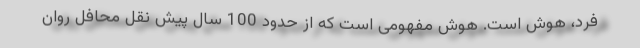
فرد، هوش است. هوش مفهومی است که از حدود 100 سال پیش نقل محافل روان